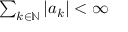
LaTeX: \textstyle \sum _ { k \in { \mathbb { N } } } | a _ { k } | < \infty